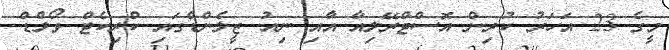
މީގެ 23 އަހަރު ކުރިން އޮސްޓްރޭލިއާ އާއި ނިއު ޒީލެންޑްގައި ކްރިކެޓް ވޯލްޑް